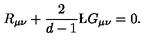
R _ { \mu \nu } + { \frac { 2 } { d - 1 } } \L G _ { \mu \nu } = 0 .